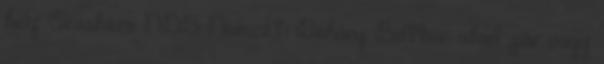
hely: Orosháza NDB Nemzeti Dohány Boltban akad pár vagy